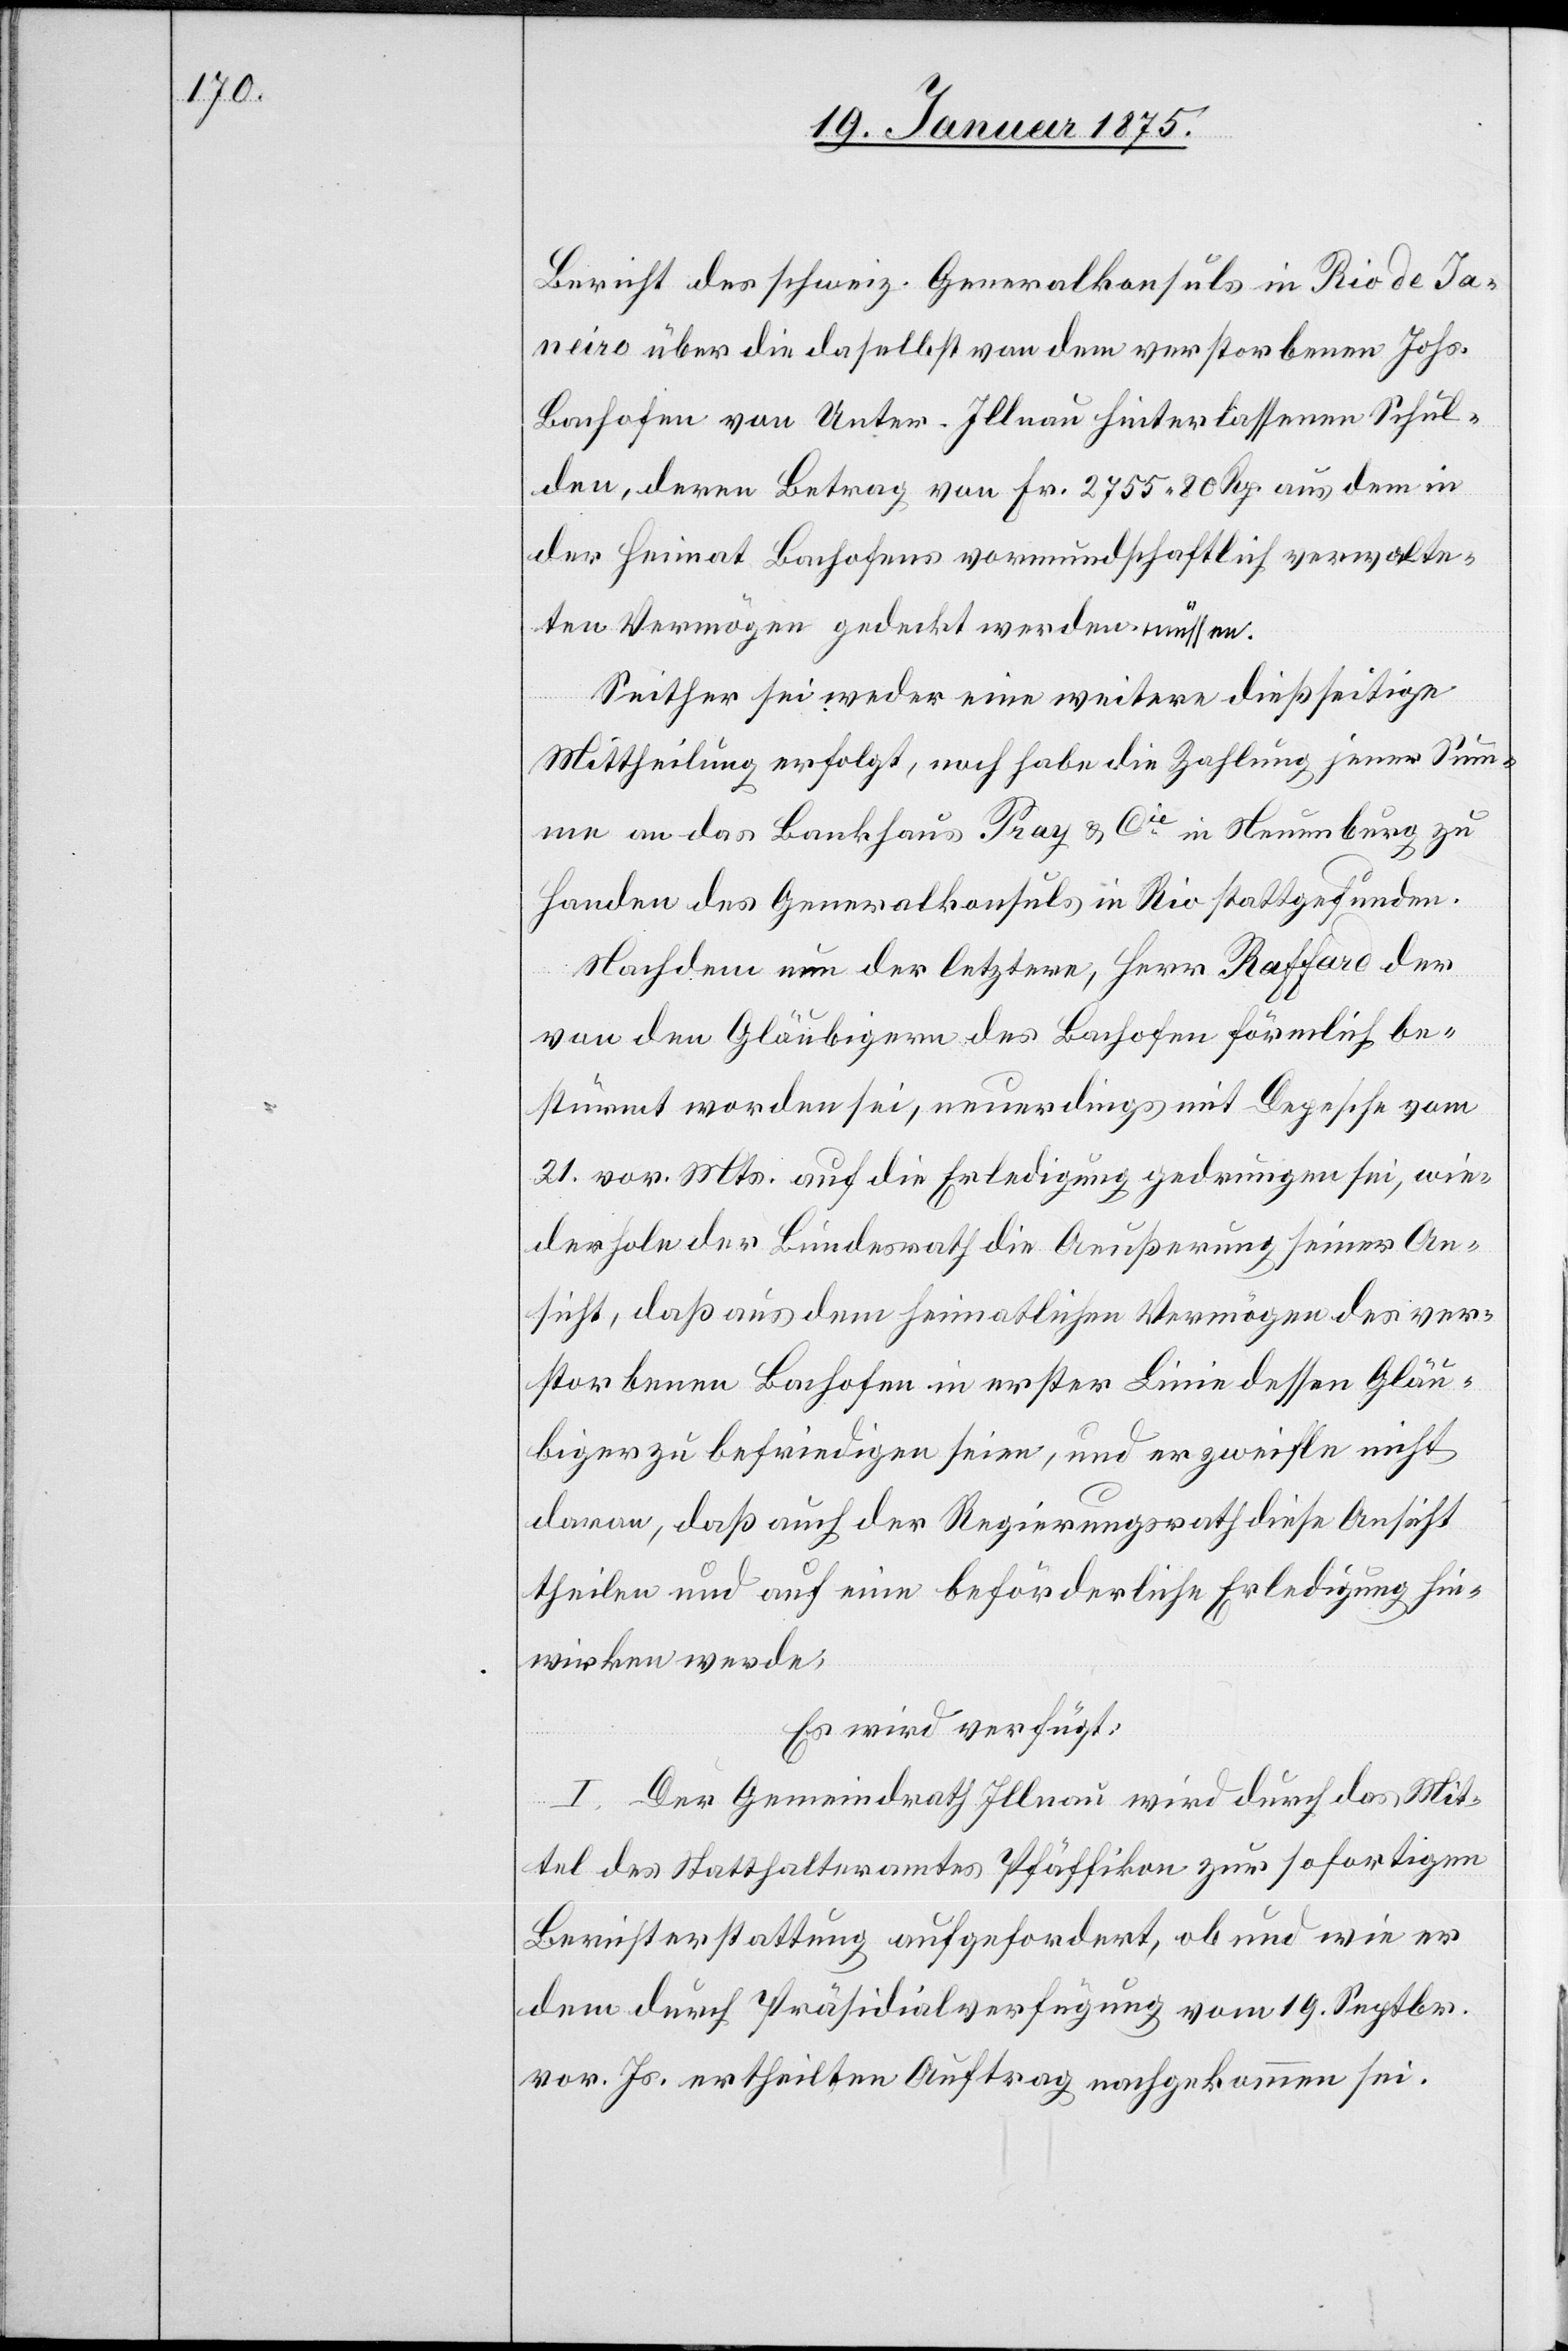
Bericht des schweiz. Generalkonsuls in Rio de Ja¬
neiro über die daselbst von dem Verstorbenen Schu¬
lden, deren Betrag von Fr. 2755. 80 Rp. aus dem in
der Heimat Bachofens vormundschaftlich verwalte¬
ten Vermögen gedeckt werden müssen.
Seither sei weder eine weitere dießseitige
Mittheilung erfolgt, noch habe die Zahlung jener Sum¬
me an das Bankhaus Pray & Cie in Neuenburg zu
Handen des Generalkonsuls in Rio stattgefunden.
Nachdem nun der letztere, Herr Raffard der
von den Gläubigern des Bachofen förmlich be¬
stürmt worden sei, neuerdings mit Depesche vom
21. vor. Mts. auf die Erledigung gedrungen sei, wie¬
derhole der Bundesrath die Aeußerung seiner An¬
sicht, daß aus dem heimatlichen Vermögen des ver¬
storbenen Bachofen in erster Linie dessen Gläu¬
biger zu befriedigen seien, und er zweifle nicht
daran, daß auch der Regierungsrath diese Ansicht
theilen und auf eine beförderliche Erledigung hin¬
wirken werde.
Es wird verfügt:
I. Der Gemeindrath Illnau wird durch das Mit¬
tel des Statthalteramtes Pfäffikon zur sofortigen
Berichterstattung aufgefordert, ob und wie er
dem durch Präsidialverfügung vom 19. Septbr.
vor. Js. ertheilten Auftrag nachgekommen sei.